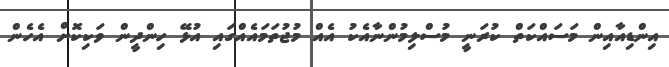
އިންޑިއާއިން މަސައްކަތް ކުރަނީ މުސްލިމުންނާއެކު އެއް މުޖުތަމައެއްގައި އުޅޭ ހިންދީން ވަކިކޮށް އެހެން